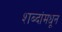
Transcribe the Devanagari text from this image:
शब्दांमधून